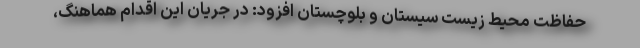
حفاظت محیط زیست سیستان و بلوچستان افزود: در جریان این اقدام هماهنگ،